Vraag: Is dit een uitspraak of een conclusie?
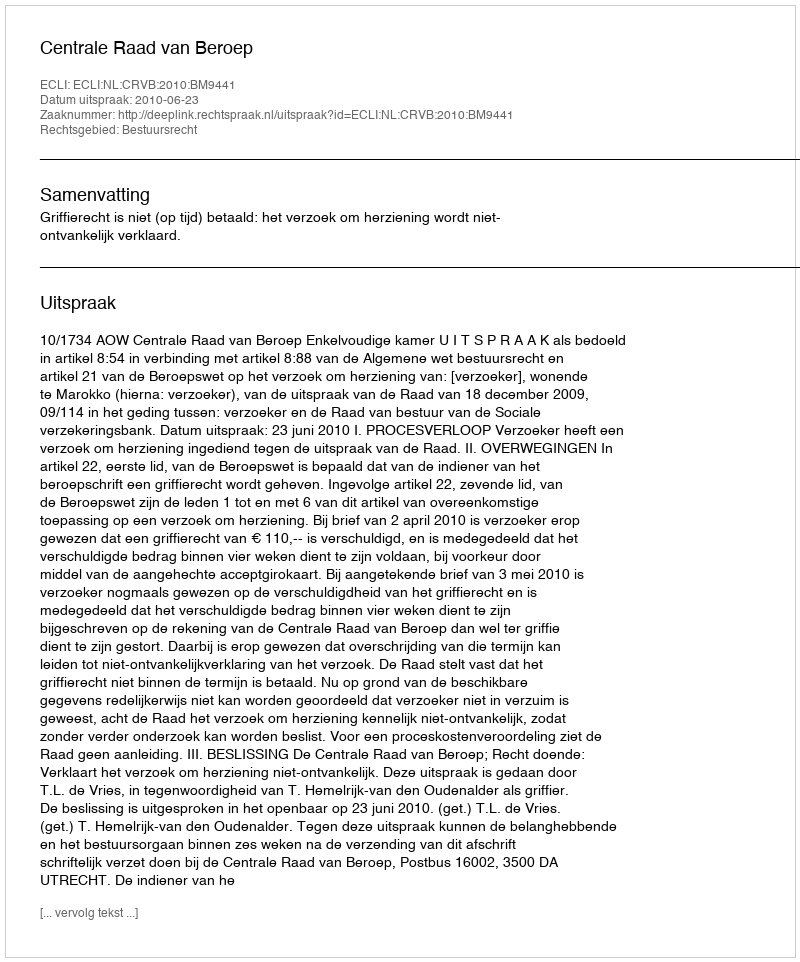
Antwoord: Uitspraak